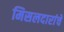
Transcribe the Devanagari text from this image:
मिसलदारांचे